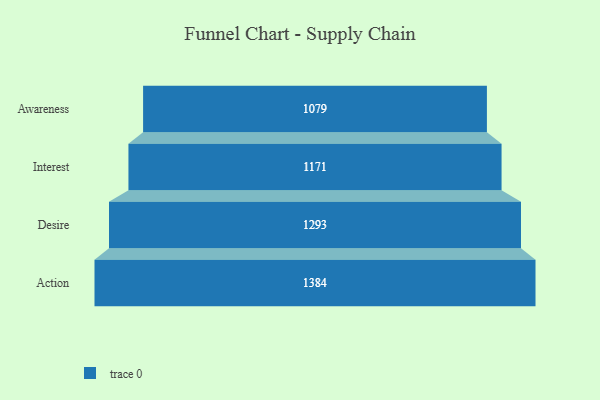
{"axis": {"x": "Stage", "y": "Value"}, "legend": [""], "data": [{"x": "Awareness", "y": 1079.0, "type": ""}, {"x": "Interest", "y": 1171.0, "type": ""}, {"x": "Desire", "y": 1293.0, "type": ""}, {"x": "Action", "y": 1384.0, "type": ""}]}